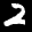
Label: 2